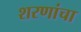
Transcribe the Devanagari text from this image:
शरणांचा